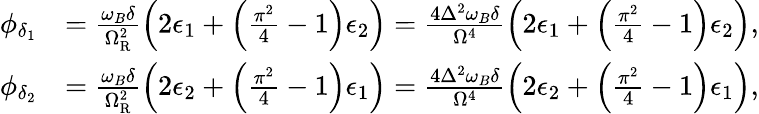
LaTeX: \begin{array}{rl}{\phi_{\delta_{1}}}&{=\frac{\omega_{B}\delta}{\Omega_{\mathrm{R}}^{2}}\left(2\epsilon_{1}+\left(\frac{\pi^{2}}{4}-1\right)\epsilon_{2}\right)=\frac{4\Delta^{2}\omega_{B}\delta}{\Omega^{4}}\left(2\epsilon_{1}+\left(\frac{\pi^{2}}{4}-1\right)\epsilon_{2}\right),}\\ {\phi_{\delta_{2}}}&{=\frac{\omega_{B}\delta}{\Omega_{\mathrm{R}}^{2}}\left(2\epsilon_{2}+\left(\frac{\pi^{2}}{4}-1\right)\epsilon_{1}\right)=\frac{4\Delta^{2}\omega_{B}\delta}{\Omega^{4}}\left(2\epsilon_{2}+\left(\frac{\pi^{2}}{4}-1\right)\epsilon_{1}\right),}\end{array}